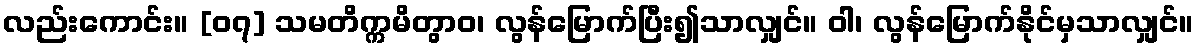
လည်းကောင်း။ [၀၇] သမတိက္ကမိတွာဝ၊ လွန်မြောက်ပြီး၍သာလျှင်။ ဝါ၊ လွန်မြောက်နိုင်မှသာလျှင်။